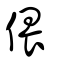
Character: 偎